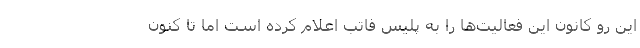
این رو کانون این فعالیت‌ها را به پلیس فاتب اعلام کرده است اما تا کنون